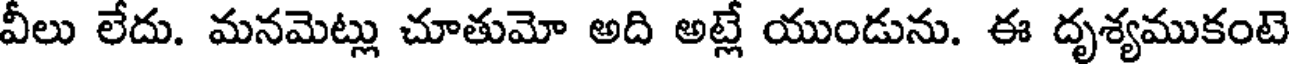
వీలు లేదు. మనమెట్లు చూతుమో అది అట్లే యుండును. ఈ దృశ్యముకంటె